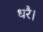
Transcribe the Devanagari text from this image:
धरै।